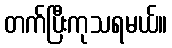
တက်ပြီးကုသရမယ်။